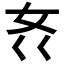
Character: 𱙃